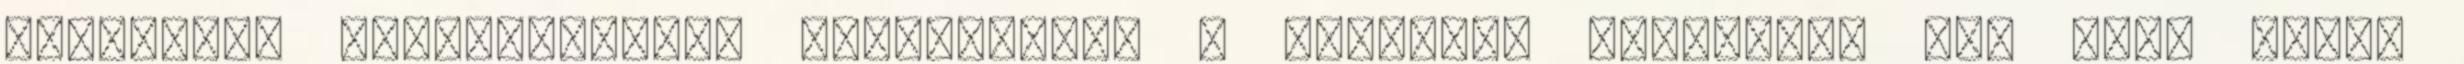
speciális lehetőségeket biztosítunk a turizmus területén is. Pest Megye